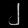
Digit: ၂